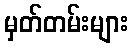
မှတ်တမ်းများ